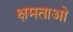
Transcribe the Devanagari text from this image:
क्षमताओ